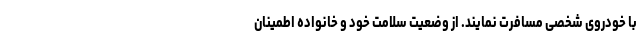
با خودروی شخصی مسافرت نمایند. از وضعیت سلامت خود و خانواده اطمینان